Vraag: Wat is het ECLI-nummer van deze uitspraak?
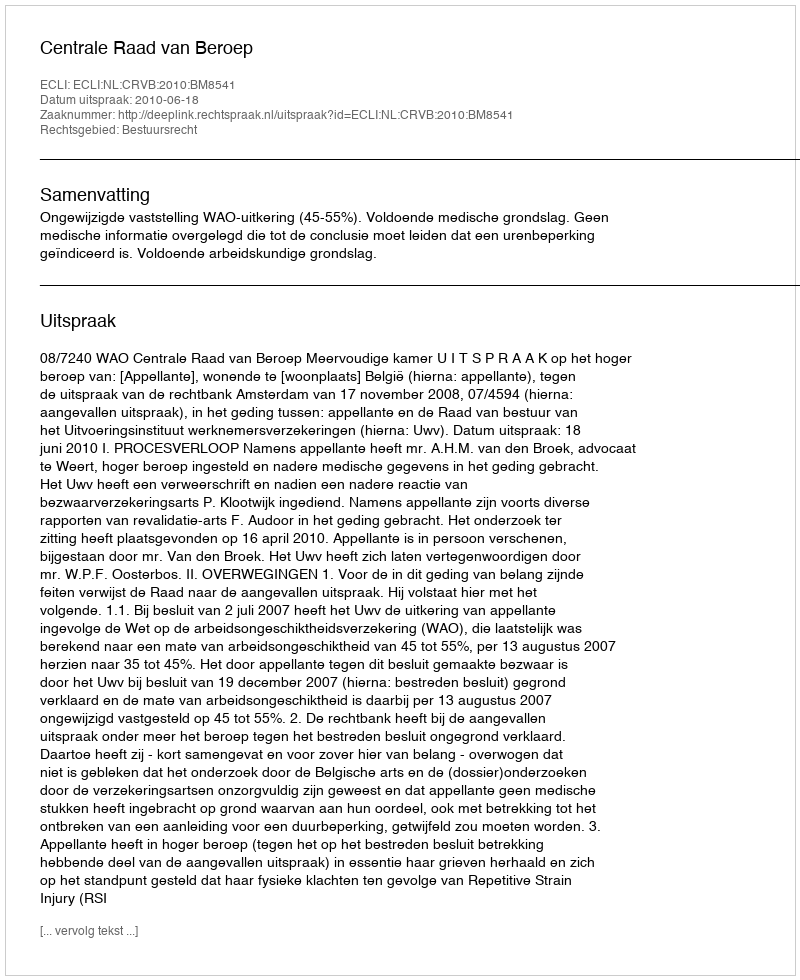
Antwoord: ECLI:NL:CRVB:2010:BM8541